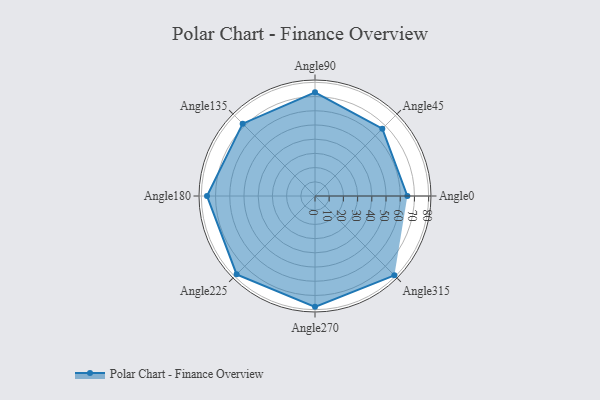
{"axis": {"x": "Angle", "y": "Radius"}, "legend": [""], "data": [{"x": "Angle0", "y": 65.0, "type": ""}, {"x": "Angle45", "y": 67.0, "type": ""}, {"x": "Angle90", "y": 73.0, "type": ""}, {"x": "Angle135", "y": 72.0, "type": ""}, {"x": "Angle180", "y": 76.0, "type": ""}, {"x": "Angle225", "y": 78.0, "type": ""}, {"x": "Angle270", "y": 78.0, "type": ""}, {"x": "Angle315", "y": 79.0, "type": ""}]}